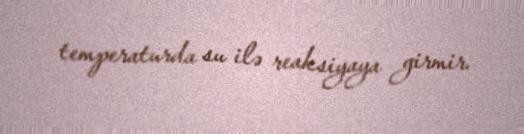
temperaturda su ilə reaksiyaya girmir.